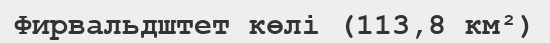
Фирвальдштет көлі (113,8 км²)